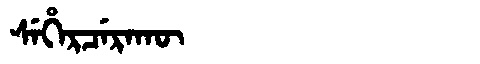
Manchu: ᠰᡝᡥᡝᡵᠴᡝᡵᠠᡴᡡ
Romanization: SEHERCERAKŪ